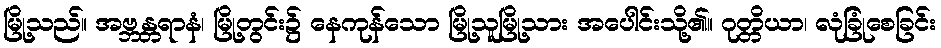
မြို့သည်။ အဗ္ဘန္တရာနံ၊ မြို့တွင်း၌ နေကုန်သော မြို့သူမြို့သား အပေါင်းသို့၏။ ဂုတ္တိယာ၊ လုံခြုံစေခြင်း